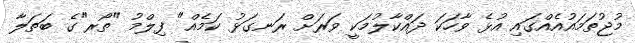
މުޖުތަމައުއެއްގައި އުޅެ ވާހަކަ ދައްކާލުމަކީ ވަރަށް ރަނގަޅު ކަމެއް" ފިލްމު "ތޯރ"ގެ ބަތަލާ